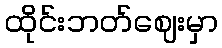
ထိုင်းဘတ်ဈေးမှာ